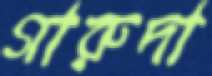
গারুদা